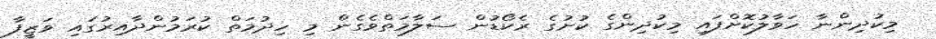
މިކުދިންނާ ހަވާލުކޮށްފައި މިކުދިންގެ ކުށުގެ ރެކޯޑުން ސަލާމަތްވެގެން މި ހިދުމަތް ކުރަމުންދާއިރުގައި ވަޒީފާ